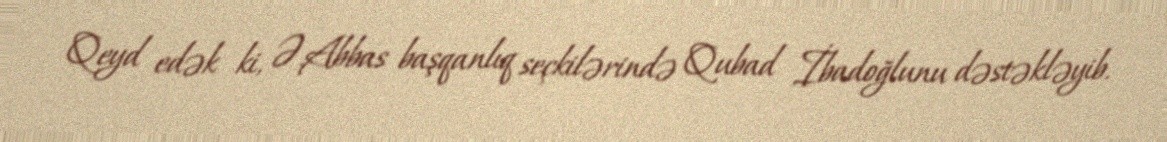
Qeyd edək ki, Ə.Abbas başqanlıq seçkilərində Qubad İbadoğlunu dəstəkləyib.